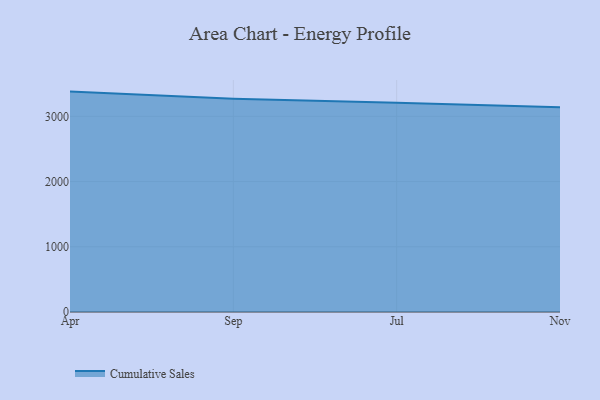
{"axis": {"x": "Month", "y": "Production Output"}, "legend": ["Cumulative Sales"], "data": [{"x": "Apr", "y": 3379.0, "type": "Cumulative Sales"}, {"x": "Sep", "y": 3270.9, "type": "Cumulative Sales"}, {"x": "Jul", "y": 3209.0, "type": "Cumulative Sales"}, {"x": "Nov", "y": 3140.7, "type": "Cumulative Sales"}]}